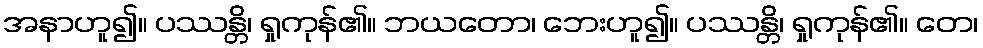
အနာဟူ၍။ ပဿန္တိ၊ ရှုကုန်၏။ ဘယတော၊ ဘေးဟူ၍။ ပဿန္တိ၊ ရှုကုန်၏။ တေ၊